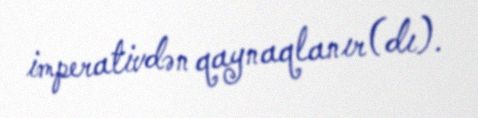
imperativdən qaynaqlanır(dı).